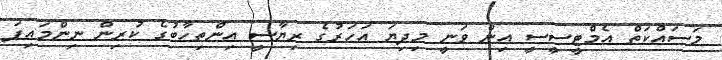
މަސައްކަތް އެމްޓީސީސީ އިން ވަނީ މިދިޔަ އަހަރުގެ ރިޔާސީ އިންތިހާބުގެ ކުރިން ނިންމައިފަ